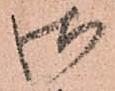
御